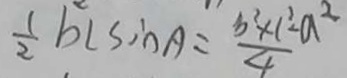
\frac { 1 } { 2 } b c \sin A = \frac { b ^ { 2 } + 1 ^ { 2 } - a ^ { 2 } } { 4 }